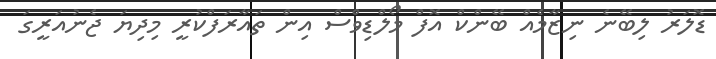
ޑޮލަރު ލިބޭނެ ނިޒާމެއް ބޭންކް އޮފް މޯލްޑިވްސް އިން ތައާރަފްކުރީ މިދިޔަ ޖެނުއަރީގަ